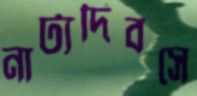
নাট্যদিবসে